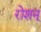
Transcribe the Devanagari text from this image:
रोशन्